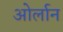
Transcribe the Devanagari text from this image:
ओर्लान